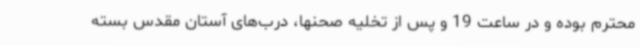
محترم بوده و در ساعت 19 و پس از تخلیه صحنها، درب‌های آستان مقدس بسته